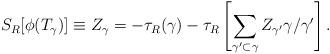
LaTeX: \begin{align*}S_R[\phi(T_\gamma)] \equiv Z_\gamma=-\tau_R(\gamma)-\tau_R\left[\sum_{\gamma^\prime\subset\gamma}Z_{\gamma^\prime}\gamma/\gamma^\prime\right].\end{align*}